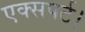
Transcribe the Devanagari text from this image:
एक्सपर्ट।